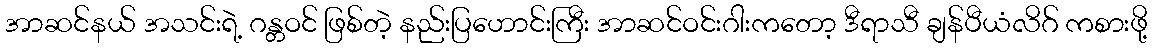
အာဆင်နယ် အသင်းရဲ့ ဂန္တဝင် ဖြစ်တဲ့ နည်းပြဟောင်းကြီး အာဆင်ဝင်းဂါးကတော့ ဒီရာသီ ချန်ပီယံလိဂ် ကစားဖို့